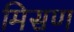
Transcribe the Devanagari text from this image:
मिसण